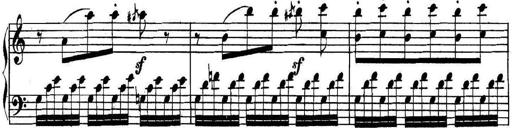
Title: Collected Piano Sonatas
Composer: Muzio Clementi